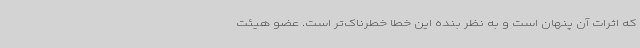
که اثرات آن پنهان است و به نظر بنده این خطا خطرناک‌تر است. عضو هیئت